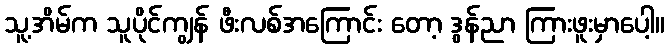
သူ့အိမ်က သူပိုင်ကျွန် ဖီးလစ်အကြောင်း တော့ ဒွန်ညာ ကြားဖူးမှာပေါ့။